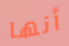
أنها